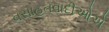
વસાહતવાદીઓએ